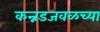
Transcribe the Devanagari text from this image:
कन्नडजवळच्या